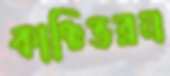
কাঞ্চিভরন